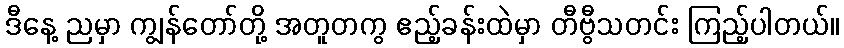
ဒီနေ့ ညမှာ ကျွန်တော်တို့ အတူတကွ ဧည့်ခန်းထဲမှာ တီဗွီသတင်း ကြည့်ပါတယ်။